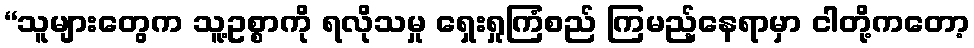
“သူများတွေက သူ့ဥစ္စာကို ရလိုသမှု ရှေးရှုကြံစည် ကြမည့်နေရာမှာ ငါတို့ကတော့